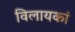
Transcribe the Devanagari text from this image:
विलायकां